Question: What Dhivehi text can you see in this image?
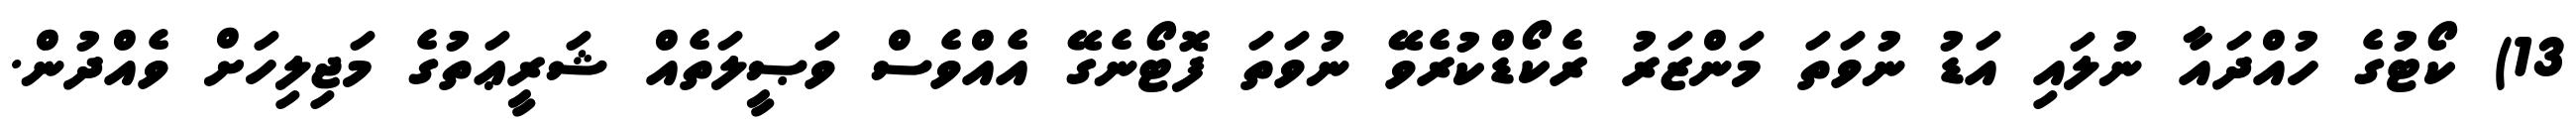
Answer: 13) ކޯޓުގެ ހުއްދައާ ނުލައި އަޑު ނުވަތަ މަންޒަރު ރެކޯޑްކުރެވޭ ނުވަތަ ފޮޓޯނެގޭ އެއްވެސް ވަޞީލަތެއް ޝަރީޢަތުގެ މަޖިލިހަށް ވެއްދުން.